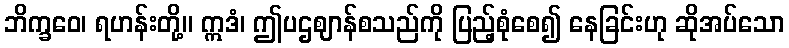
ဘိက္ခဝေ၊ ရဟန်းတို့။ ဣဒံ၊ ဤပဌဈာန်စသည်ကို ပြည့်စုံစေ၍ နေခြင်းဟု ဆိုအပ်သော